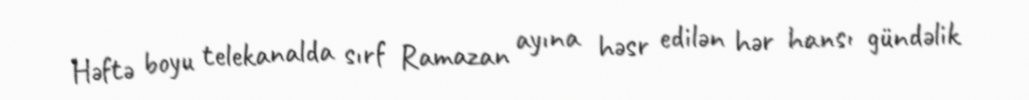
Həftə boyu telekanalda sırf Ramazan ayına həsr edilən hər hansı gündəlik